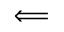
\Longleftarrow